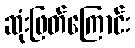
ဆုံးဖြတ်ကြောင်း